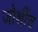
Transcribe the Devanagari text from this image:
जोशींच